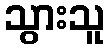
သွားသူ